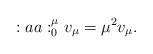
LaTeX: \begin{align*}:aa:^{\mu}_0 v_\mu=\mu^2 v_\mu.\end{align*}